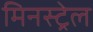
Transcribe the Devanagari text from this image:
मिनस्ट्रेल